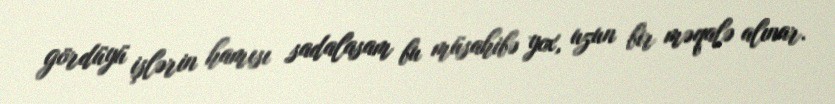
gördüyü işlərin hamısı sadalasam bu müsahibə yox, uzun bir məqalə alınar.